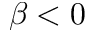
\beta < 0